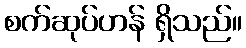
စက်ဆုပ်ဟန် ရှိသည်။